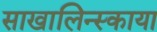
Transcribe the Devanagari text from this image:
साखालिन्स्काया